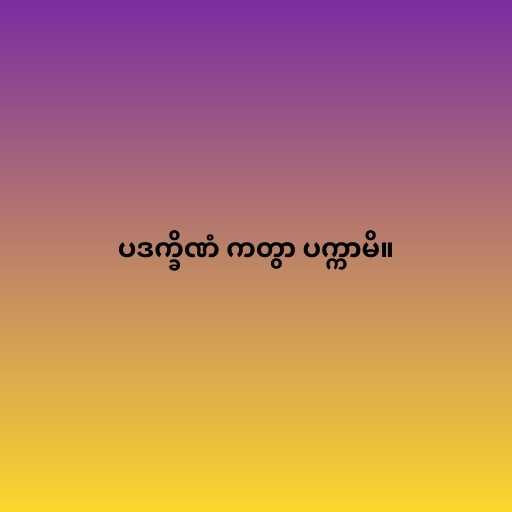
ပဒက္ခိဏံ ကတွာ ပက္ကာမိ။